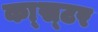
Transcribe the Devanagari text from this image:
का्स्‍टर